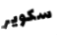
سكوير